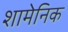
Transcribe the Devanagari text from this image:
शामेनिक